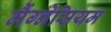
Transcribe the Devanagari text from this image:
मैंग्नेसियम